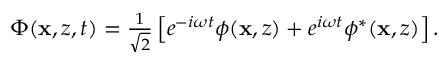
\begin{array} { r } { \Phi ( \mathbf { x } , z , t ) = \frac { 1 } { \sqrt { 2 } } \left[ e ^ { - i \omega t } \phi ( \mathbf { x } , z ) + e ^ { i \omega t } \phi ^ { * } ( \mathbf { x } , z ) \right] . } \end{array}